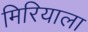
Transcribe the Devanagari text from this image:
मिरियाला